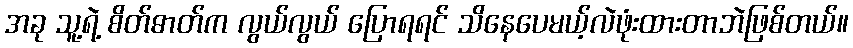
အခု သူ့ရဲ့ စိတ်ဓာတ်က လွယ်လွယ် ပြောရရင် သိနေပေမယ့်လဲဖုံးထားတာဘဲဖြစ်တယ်။